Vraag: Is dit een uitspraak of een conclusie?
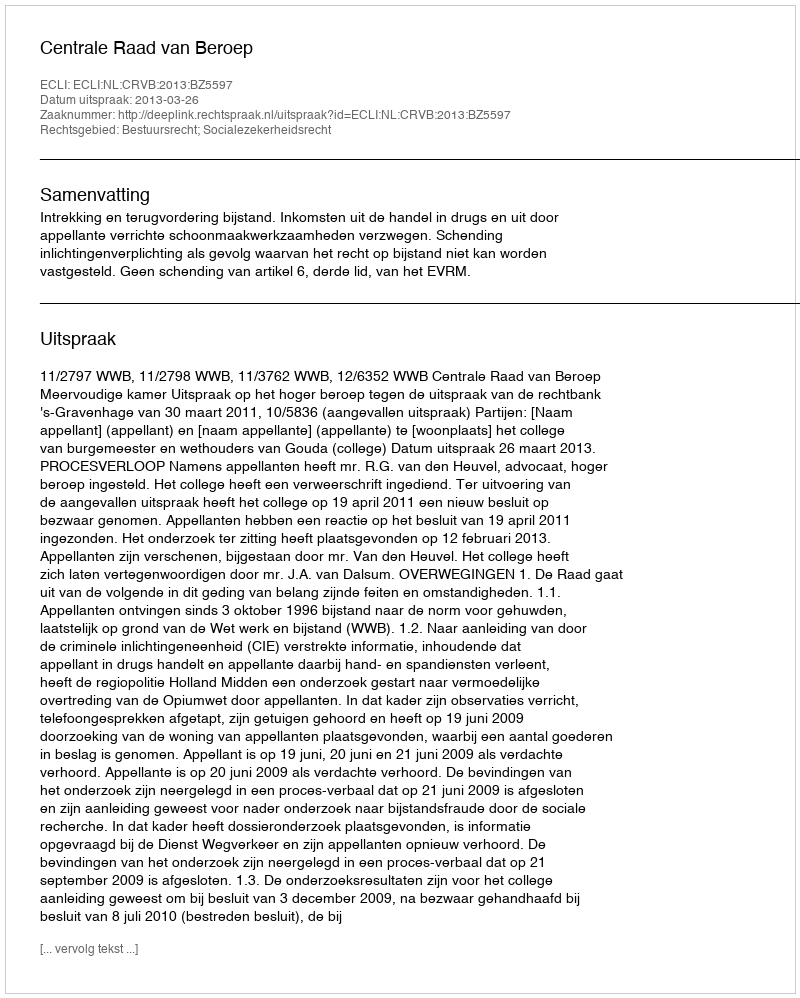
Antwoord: Uitspraak